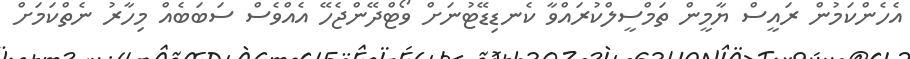
އެހެންކަމުން ރައީސް ޔާމީން ތަމްސީލްކުރައްވާ ކެނޑިޑޭޓުނަށް ވޯޓްދޭންޖެހޭ އެއްވެސް ސަބަބެއް މިހާރު ނެތްކަމަށް